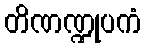
တိဏဏ္ဍုပကံ